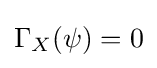
\Gamma _{X}(\psi )=0